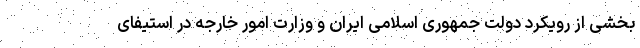
بخشی از رویکرد دولت جمهوری اسلامی ایران و وزارت امور خارجه در استیفای